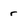
Character: r